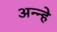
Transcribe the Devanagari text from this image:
अन्न्हे